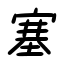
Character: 塞